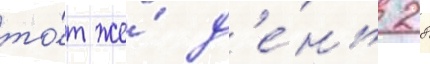
то́т же́ д'е́нь 28